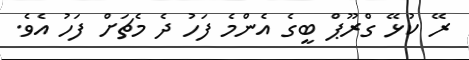
ރޭ ކުޅޭ ގްރޫޕް ބީގެ އެންމެ ފަހު ދެ މެޗަށް ފަހު އެވެ.